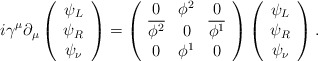
\begin{align*}i\gamma^{\mu}\partial_{\mu}\left(\begin{array}{c} \psi_{L} \\ \psi_{R} \\ \psi_{\nu} \end{array}\right) =\left(\begin{array}{ccc} 0 & \phi^{2} & 0 \\ \overline{\phi^{2}} & 0 & \overline{\phi^{1}} \\ 0 & \phi^{1} & 0 \end{array} \right)\left(\begin{array}{c}\psi_{L} \\ \psi_{R} \\ \psi_{\nu} \end{array}\right).\end{align*}